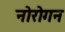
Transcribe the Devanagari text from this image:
नोरोगन